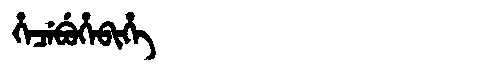
Manchu: ᡥᡝᠴᡝᠪᡠᡥᡝᠪᡳᡥᡝ
Romanization: HECEBUHEBIHE